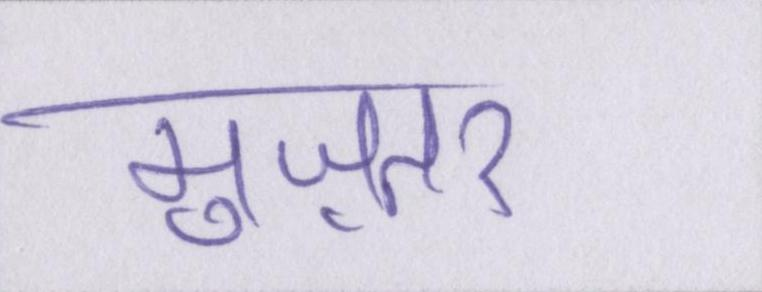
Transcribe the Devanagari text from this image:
मुज़तर